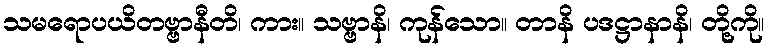
သမရောပယိတဗ္ဗာနီတိ၊ ကား။ သဗ္ဗာနိ၊ ကုန်သော။ တာနိ ပဒဋ္ဌာနာနိ၊ တို့ကို။